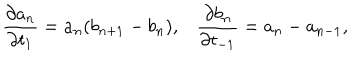
LaTeX: \frac { \partial a _ { n } } { \partial t _ { 1 } } = a _ { n } ( b _ { n + 1 } - b _ { n } ) , \frac { \partial b _ { n } } { \partial t _ { - 1 } } = a _ { n } - a _ { n - 1 } ,